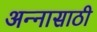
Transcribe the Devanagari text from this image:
अन्‍नासाठी